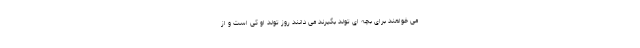
می خواهند برای بچه ای تولد بگیرند می دانند روز تولد او کی است و از